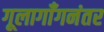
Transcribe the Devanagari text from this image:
गूलागाँगनंतर